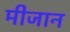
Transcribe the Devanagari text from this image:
मीजान